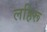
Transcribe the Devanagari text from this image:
लहिरू